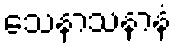
သေနာသနာနံ